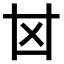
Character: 𠀠